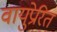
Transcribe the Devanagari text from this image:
वायुप्रेरित